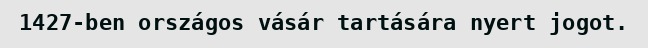
1427-ben országos vásár tartására nyert jogot.